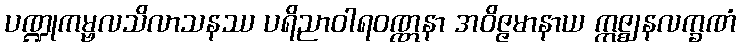
ပဏ္ဍုကမ္ဗလသိလာသနဿ ပရိညာဝါရဝဏ္ဏနာ အဝိဇ္ဇမာနာယ ဣဇ္ဈနလက္ခဏံ